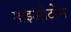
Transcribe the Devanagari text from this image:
माइओटोम